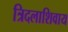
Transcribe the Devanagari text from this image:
त्रिदलाशिवाय